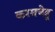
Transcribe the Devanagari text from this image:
करमचेडू